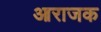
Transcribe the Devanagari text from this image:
आराजक